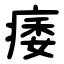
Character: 痿